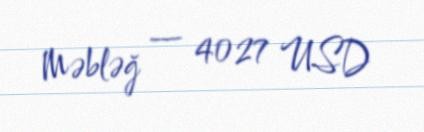
Məbləğ — 4027 USD